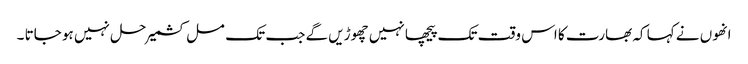
انھوں نے کہا کہ بھارت کا اس وقت تک پیچھا نہیں چھوڑیں گے جب تک مسل کشمیر حل نہیں ہو جاتا ۔